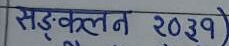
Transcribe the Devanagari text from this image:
सङ्कलन २०३१)